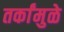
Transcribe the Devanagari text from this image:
तर्कांमुळे